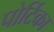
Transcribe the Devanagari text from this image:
पोर्टिका